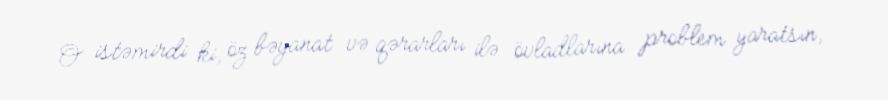
O istəmirdi ki, öz bəyanat və qərarları ilə övladlarına problem yaratsın,